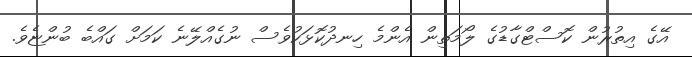
އޭގެ އިތުރުން ކޮސްޓްގާޑުގެ ލޯމަތިން އެންމެ ހިނދުކޮޅަކުވެސް ނުގެއްލޭނެ ކަމަށް ގައްބެ ބުންޏެވެ.